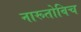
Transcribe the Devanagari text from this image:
नारूतोविच